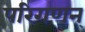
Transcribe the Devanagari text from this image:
परिगणन्